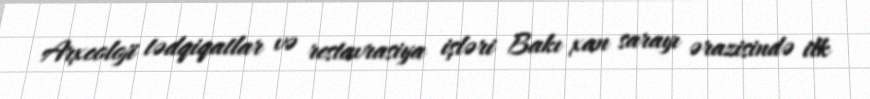
Arxeoloji tədqiqatlar və restavrasiya işləri Bakı xan sarayı ərazisində ilk